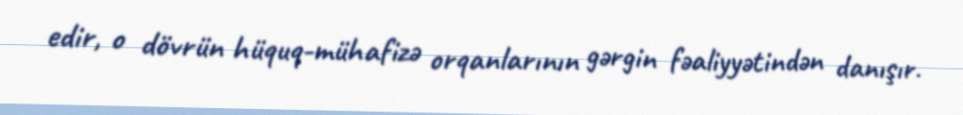
edir, o dövrün hüquq-mühafizə orqanlarının gərgin fəaliyyətindən danışır.